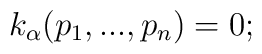
k_{\alpha}(p_1,...,p_n) = 0;